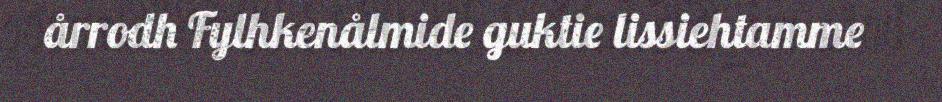
årrodh Fylhkenålmide guktie lissiehtamme